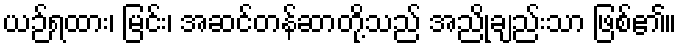
ယဉ်ရထား၊ မြင်း၊ အဆင်တန်ဆာတို့သည် အညိုချည်းသာ ဖြစ်၏။